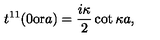
t ^ { 1 1 } ( 0 \mathrm { o r } a ) = { \frac { i \kappa } { 2 } } \cot \kappa a ,